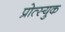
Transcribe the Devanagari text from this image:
प्रोत्स्युक